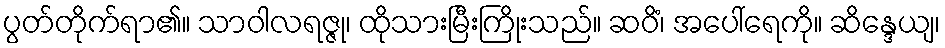
ပွတ်တိုက်ရာ၏။ သာဝါလရဇ္ဇု၊ ထိုသားမြီးကြိုးသည်။ ဆဝိံ၊ အပေါ်ရေကို။ ဆိန္ဒေယျ၊